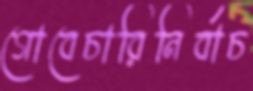
গোবেচারিনির্বাচ